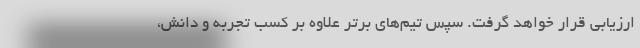
ارزیابی قرار خواهد گرفت. سپس تیم‌های برتر علاوه بر کسب تجربه و دانش،